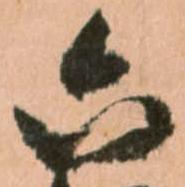
六